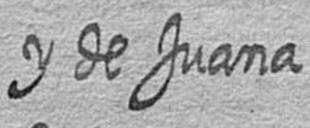
y de Juana